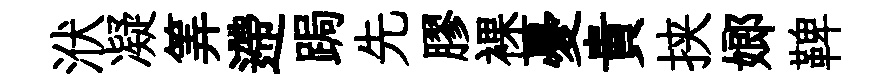
洑凝筭遰跼先膠裸憂貴挟嫏鞞